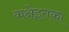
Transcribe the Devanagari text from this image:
कक्षेइतका